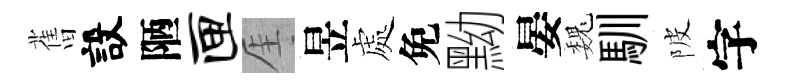
𦾔設陋匣厓昱處免黝晏巍馴陂字